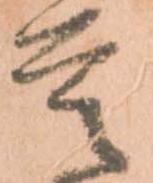
是